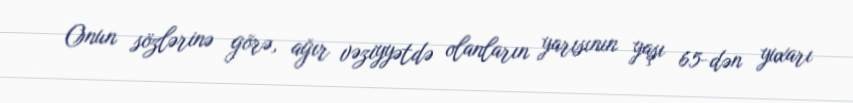
Onun sözlərinə görə, ağır vəziyyətdə olanların yarısının yaşı 65-dən yuxarı